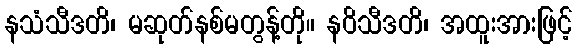
နသံသီဒတိ၊ မဆုတ်နစ်မတွန့်တို။ နဝိသီဒတိ၊ အထူးအားဖြင့်